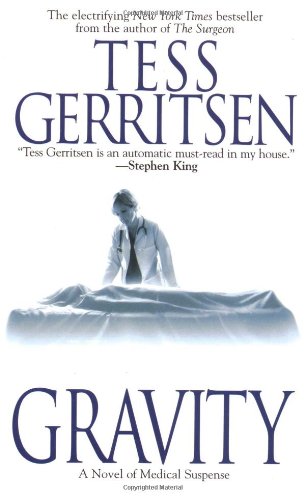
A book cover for Gravity; Tess Gerritsen; Literature & Fiction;